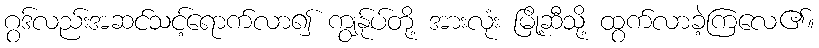
ဂွဒ်လည်းအဆင်သင့်ရောက်လာ၍ ကျွန်ုပ်တို့ အားလုံး မြို့ဆီသို့ ထွက်လာခဲ့ကြလေ၏။